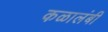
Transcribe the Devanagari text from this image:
कळालंबी